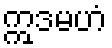
ဣဒမဟံ